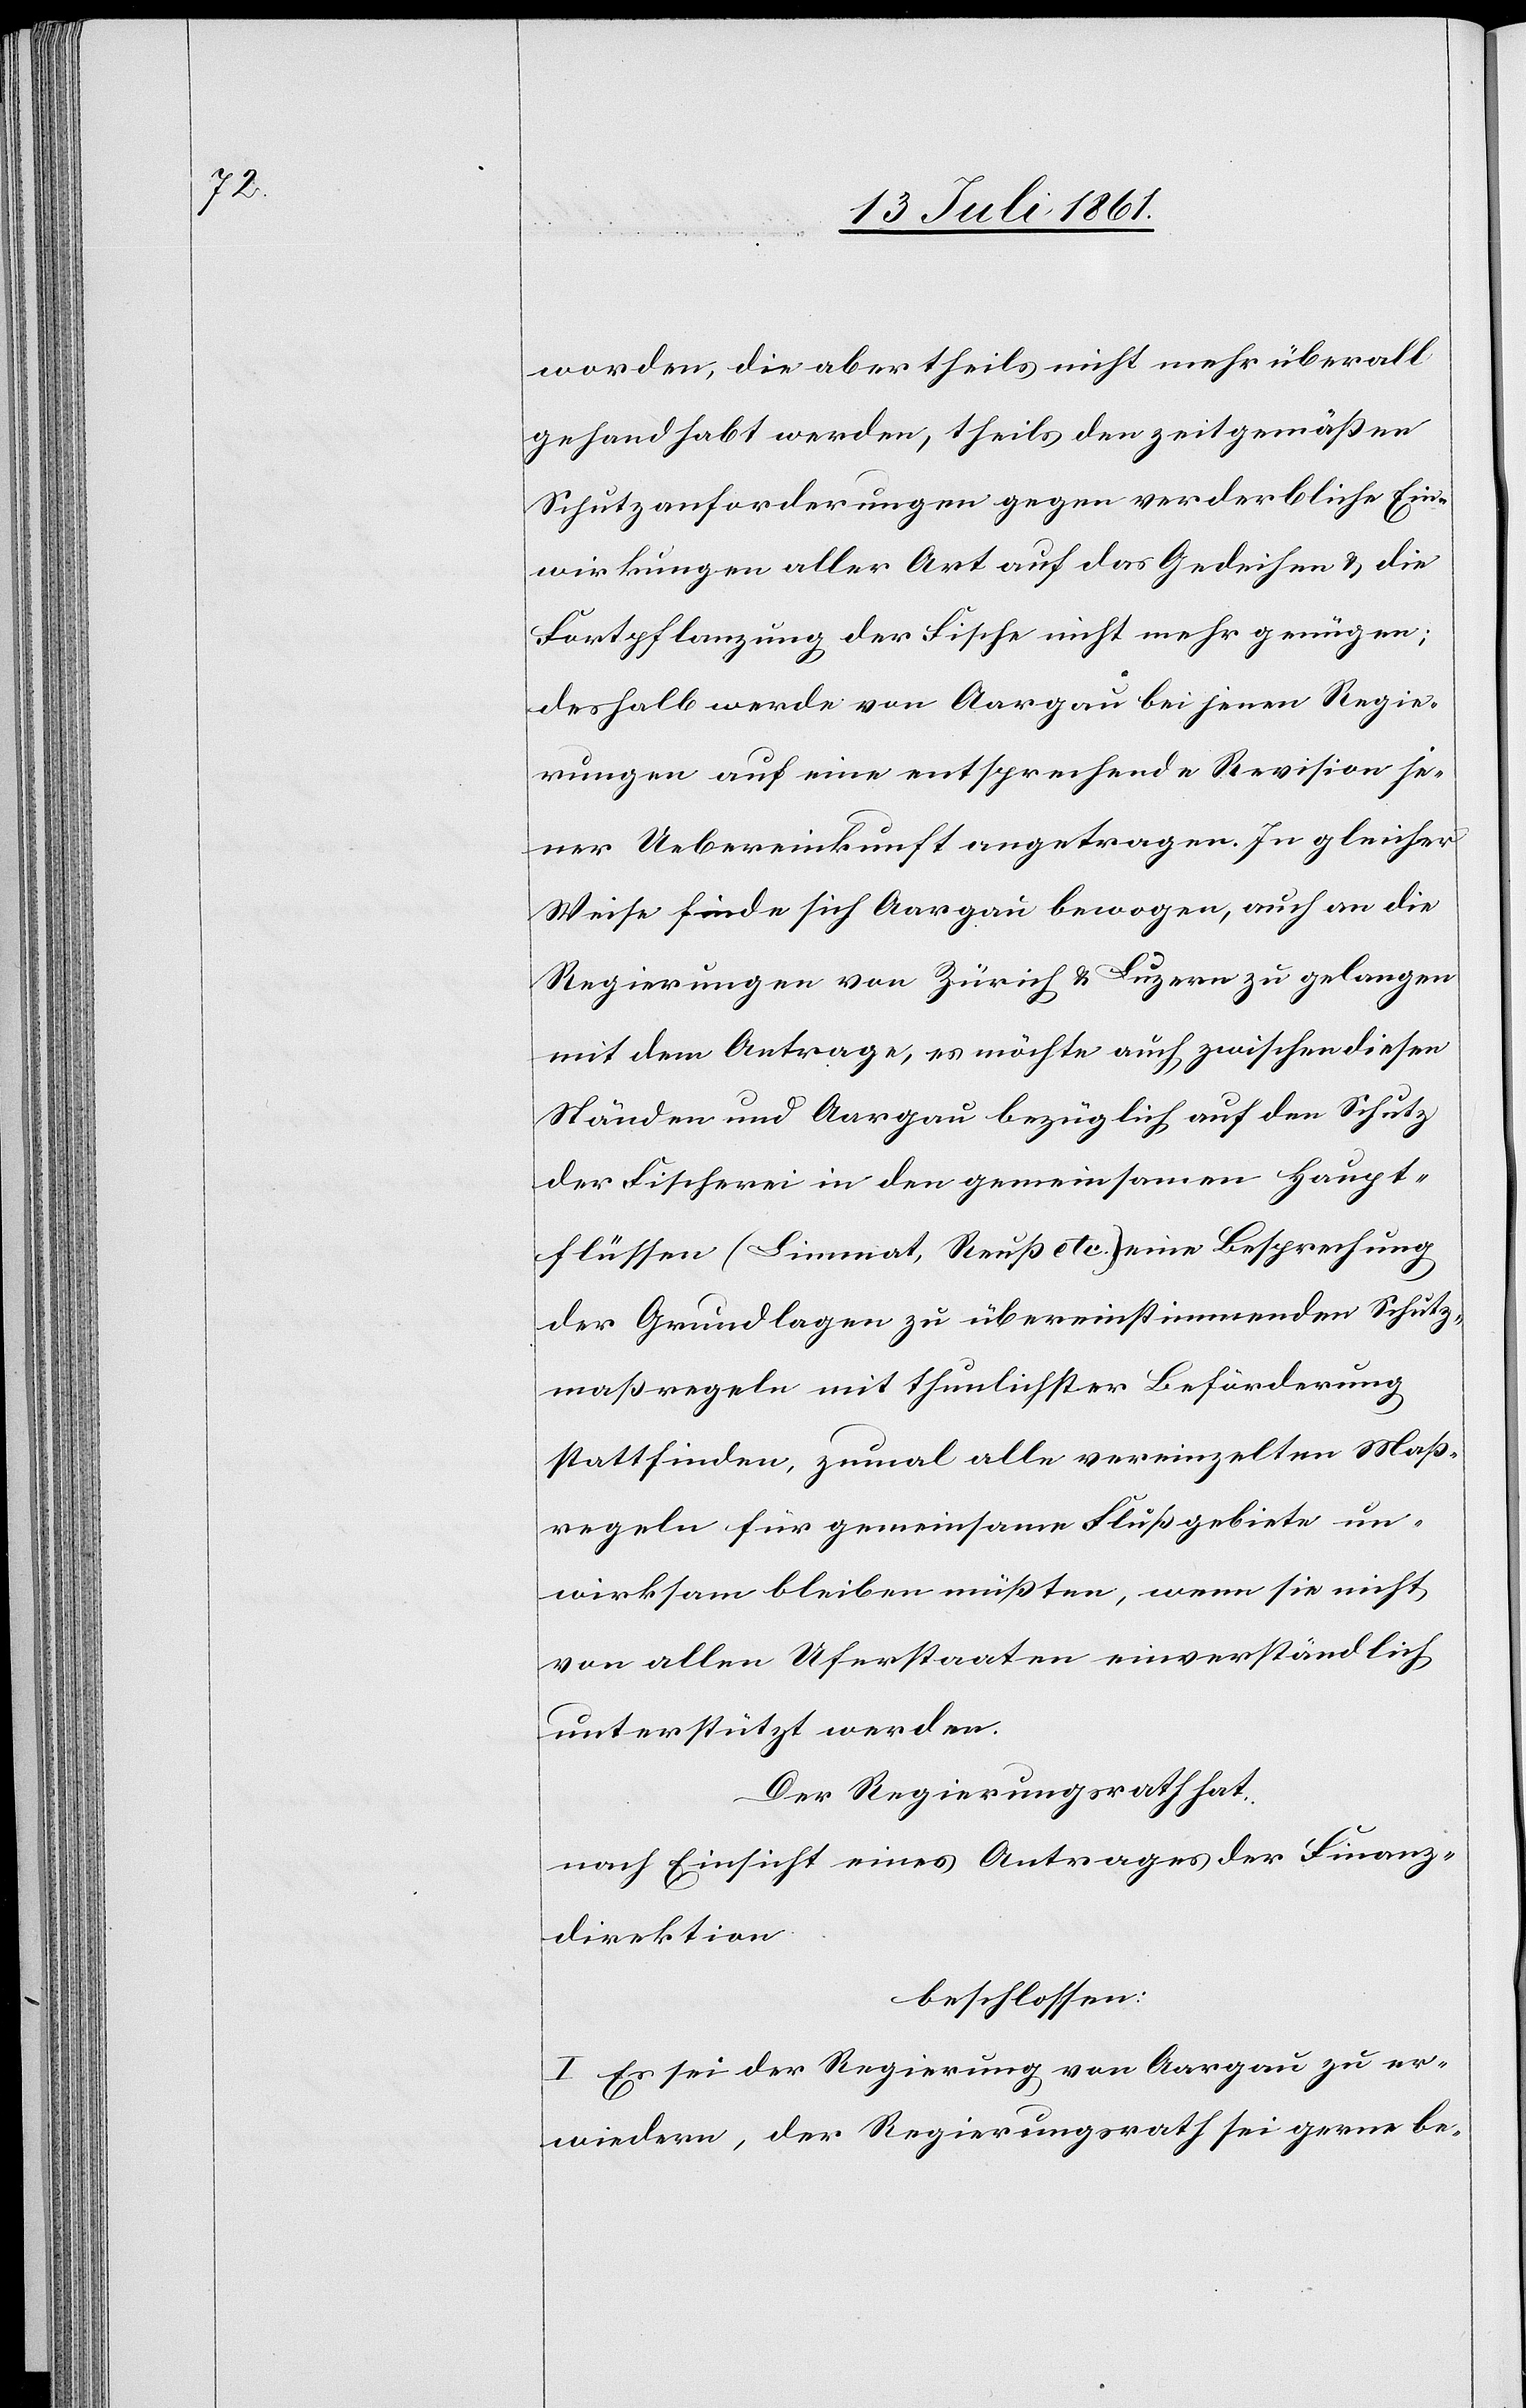
worden, die aber theils nicht mehr überall
gehandhabt werden, theils den zeitgemäßen
Schutzanforderungen gegen verderbliche Ein¬
wirkungen aller Art auf das Gedeihen u. die
Fortpflanzung der Fische nicht mehr genügen;
deshalb werde von Aargau bei jenen Regie¬
rungen auf eine entsprechende Revision je¬
ner Uebereinkunft angetragen. In gleicher
Weise finde sich Aargau bewogen, auch an die
Regierungen von Zürich u. Luzern zu gelangen
mit dem Antrage, es möchte auch zwischen diesen
Ständen und Aargau bezüglich auf den Schutz
der Fischerei in den gemeinsamen Haupt¬
flüssen (Limmat, Reuß etc.) eine Besprechung
der Grundlagen zu übereinstimmenden Schutz¬
maßregeln mit thunlichster Beförderung
stattfinden, zumal alle vereinzelten Maß¬
regeln für gemeinsame Flußgebiete un¬
wirksam bleiben müßten, wenn sie nicht
von allen Uferstaaten einverständlich
unterstützt werden.
Der Regierungsrath hat,
nach Einsicht eines Antrages der Finanz¬
direktion,
beschlossen:
I. Es sei der Regierung von Aargau zu er¬
wiedern, der Regierungsrath sei gerne be-